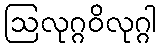
ဩလုဂ္ဂဝိလုဂ္ဂါ